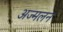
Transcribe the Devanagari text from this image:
अज्मलन